Report of the Indian Hemp Drugs Commission, 1894-1895 - Volume VIII
Year: 1894
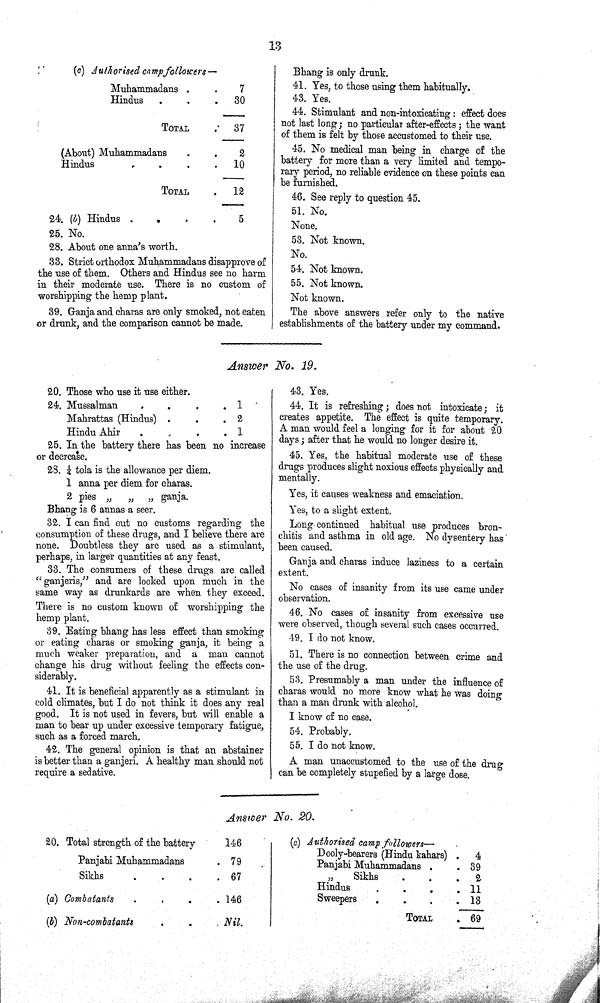
13
(c) Authorised camp followers—
Muhammadans
7
Hindus
30
TOTAL
37
(About) Muhammadans
Hindus
2
10
TOTAL
12
24. (b) Hindus
5
25. No.
28. About one anna's worth.
33. Strict orthodox Muhammadans disapprove of
the use of them. Others and Hindus see no harm
in their moderate use. There is no custom of
worshipping the hemp plant.
39. Ganja and charas are only smoked, not eaten
or drunk, and the comparison cannot be made.
20. Those who use it use either.
Answer No. 19.
24. Mussalman
1
Mahrattas (Hindus)
2
Hindu Ahir
1
25. In the battery there has been no increase
or decrease.
28. 1/4 tola is the allowance per diem.
1 anna per diem for charas.
2 pies " " " ganja.
Bhang is 6 annas a seer.
32. I can find out no customs regarding the
consumption of these drugs, and I believe there are
none. Doubtless they are used as a stimulant,
perhaps, in larger quantities at any feast.
33. The consumers of these drugs are called
"ganjeris," and are looked upon much in the
same way as drunkards are when they exceed.
There is no custom known of worshipping the
hemp plant.
39. Eating bhang has less effect than smoking
or eating charas or smoking ganja, it being a
much weaker preparation, and a man cannot
change his drug without feeling the effects con-
siderably.
41. It is beneficial apparently as a stimulant in
cold climates, but I do not think it does any real
good. It is not used in fevers, but will enable a
man to bear up under excessive temporary fatigue,
such as a forced march.
42. The general opinion is that an abstainer
is better than a ganjeri. A healthy man should not
require a sedative.
Answer No. 20.
20. Total strength of the battery
146
Panjabi Muhammadans
79
Sikhs
67
(a) Combatants
146
(b) Non-combatants
Nil.
Bhang is only drunk.
41. Yes, to those using them habitually.
43. Yes.
44. Stimulant and non-intoxicating: effect does
not last long; no particular after-effects; the want
of them is felt by those accustomed to their use.
45. No medical man being in charge of the
battery for more than a very limited and tempo-
rary period, no reliable evidence on these points can
be furnished.
46. See reply to question 45.
51. No.
None.
53. Not known.
No.
54. Not known.
55. Not known.
Not known.
The above answers refer only to the native
establishments of the battery under my command.
43. Yes.
44. It is refreshing; does not intoxicate; it
creates appetite. The effect is quite temporary.
A man would feel a longing for it for about 20
days; after that he would no longer desire it.
45. Yes, the habitual moderate use of these
drugs produces slight noxious effects physically and
mentally.
Yes, it causes weakness and emaciation.
Yes, to a slight extent.
Long continued habitual use produces bron-
chitis and asthma in old age. No dysentery has
been caused.
Ganja and charas induce laziness to a certain
extent.
No cases of insanity from its use came under
observation.
46. No cases of insanity from excessive use
were observed, though several such cases occurred.
49. I do not know.
51. There is no connection between crime and
the use of the drug.
53. Presumably a man under the influence of
charas would no more know what he was doing
than a man drunk with alcohol.
I know of no case.
54. Probably.
55. I do not know.
A man unaccustomed to the use of the drug
-an be completely stupefied by a large dose.
(c) Authorised camp followers—
Dooly-bearers (Hindu kahars)
4
Panjabi Muhammadans
39
"
Sikhs
2
Hindus
11
Sweepers
13
TOTAL
69